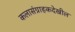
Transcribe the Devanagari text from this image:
कलासंग्राहकदेखील